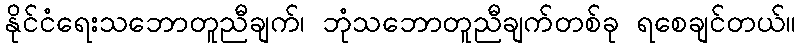
နိုင်ငံရေးသဘောတူညီချက်၊ ဘုံသဘောတူညီချက်တစ်ခု ရစေချင်တယ်။